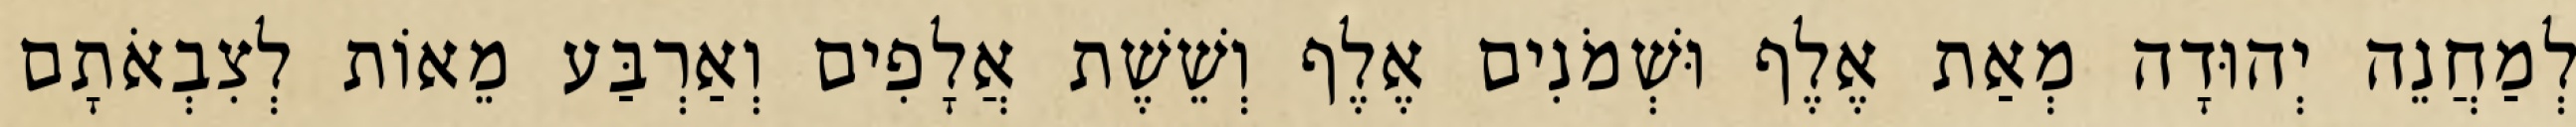
לְמַחֲנֵה יְהוּדָה מְאַת אֶלֶף וּשְׁמֹנִים אֶלֶף וְשֵׁשֶׁת אֲלָפִים וְאַרְבַּע מֵאוֹת לְצִבְאֹתָם